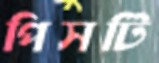
পিসটি